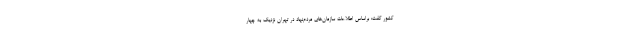
کشور گفت: براساس اطلاعات سازمان‌های مردم‌نهاد در تهران نزدیک به چهار